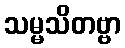
သမ္မသိတဗ္ဗာ